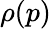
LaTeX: \rho(p)